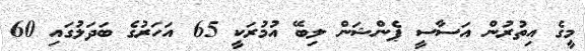
މީގެ އިތުރުން އަސާސީ ޕެންޝަން ލިބޭ އުމުރަކީ 65 އަހަރުގެ ބަދަލުގައި 60